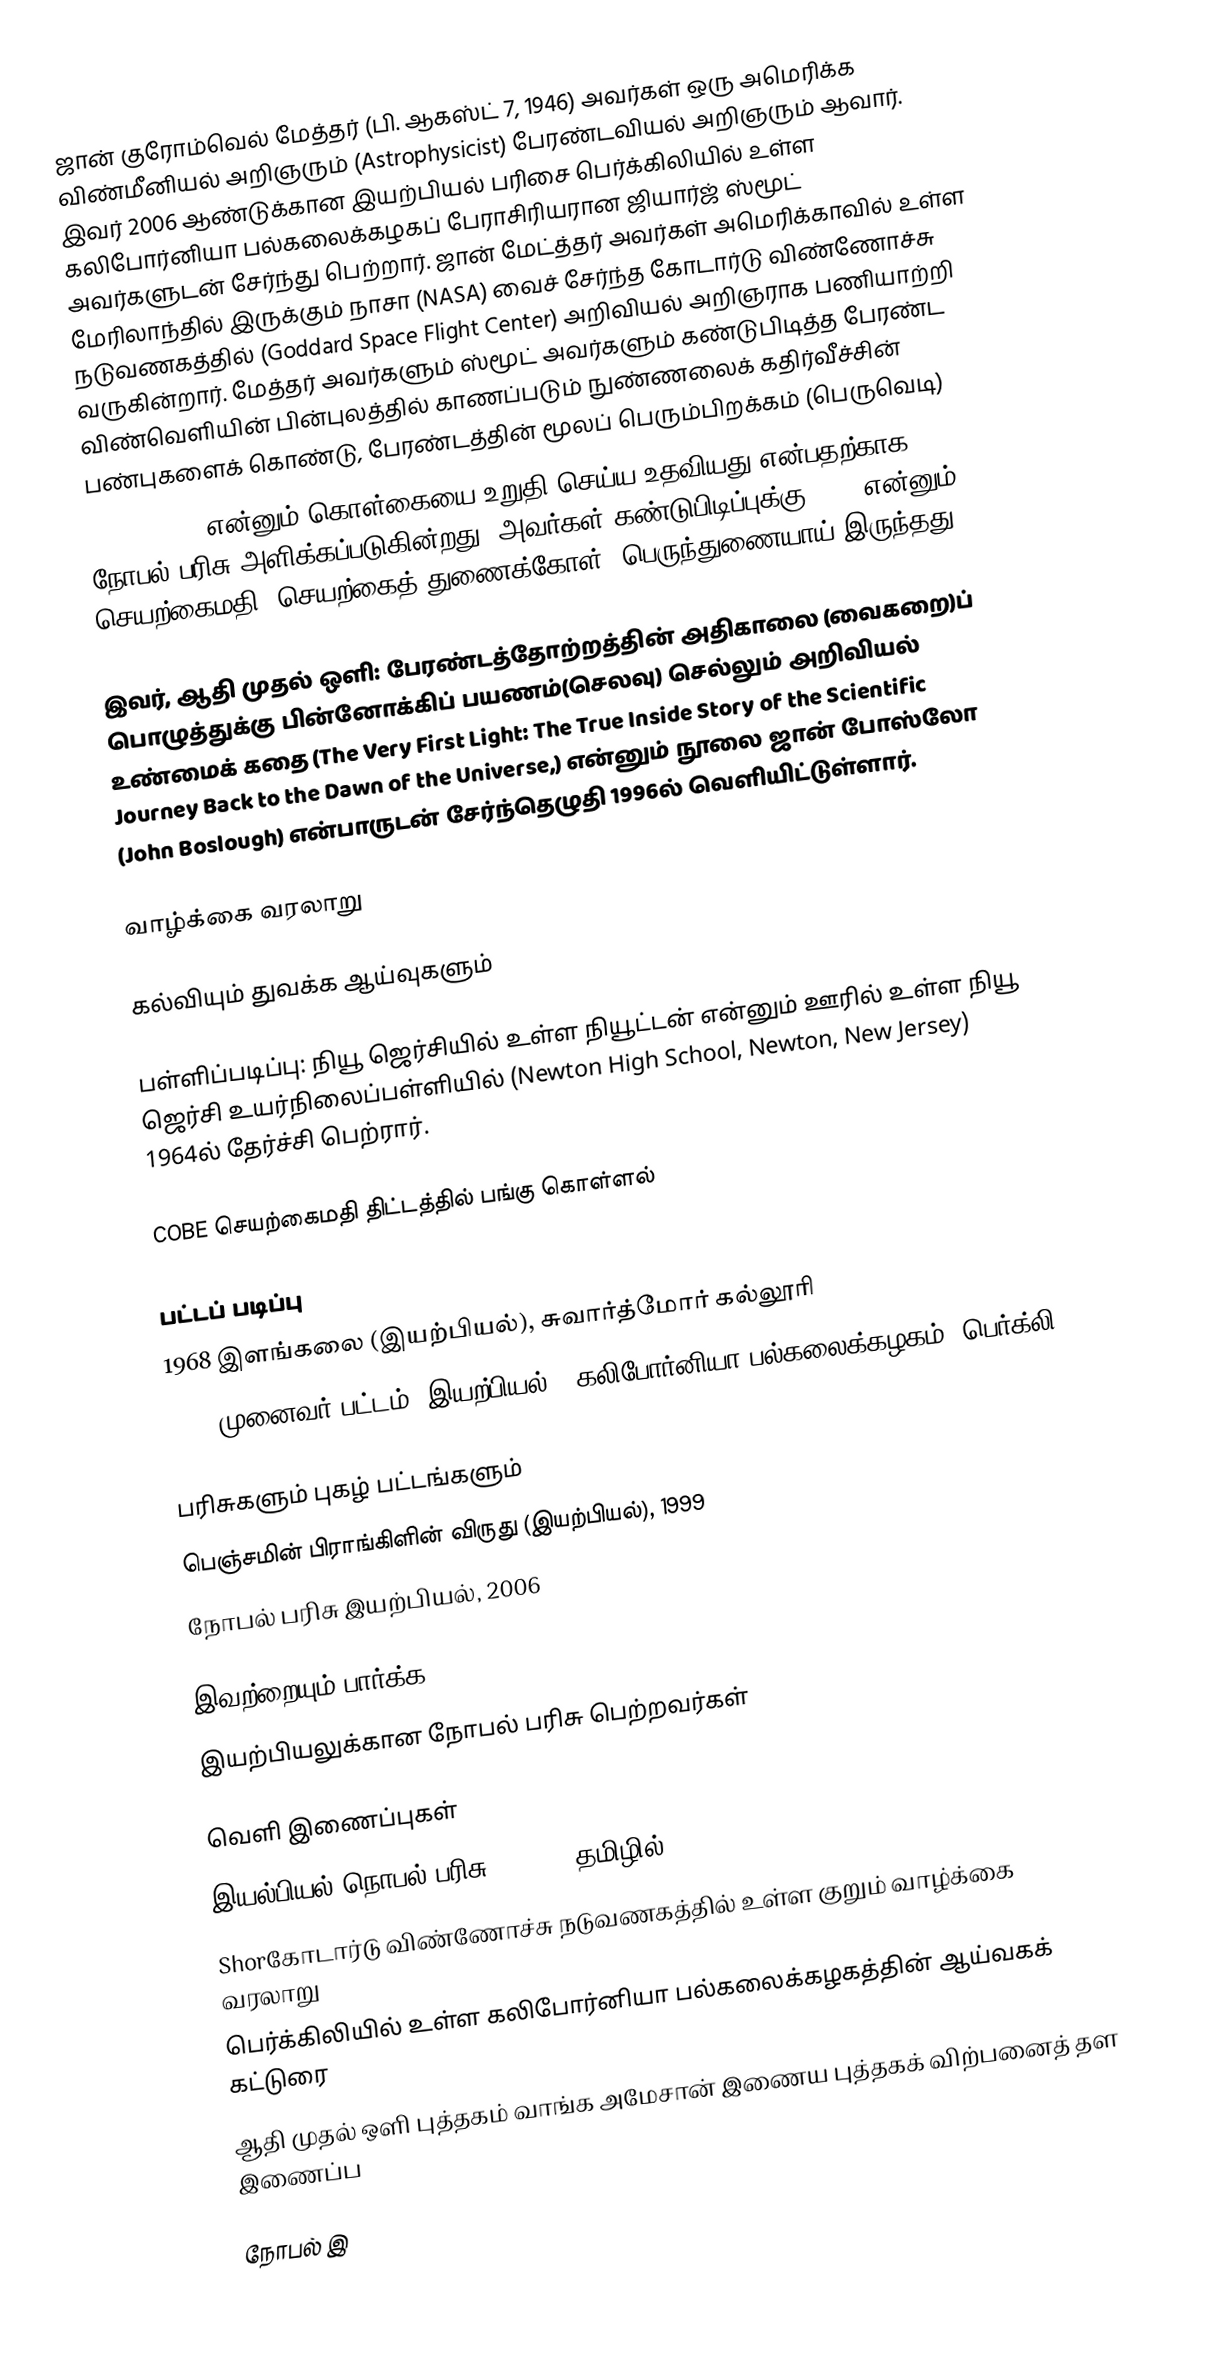
ஜான் குரோம்வெல் மேத்தர் (பி. ஆகஸ்ட் 7, 1946) அவர்கள் ஒரு அமெரிக்க விண்மீனியல் அறிஞரும் (Astrophysicist) பேரண்டவியல் அறிஞரும் ஆவார். இவர் 2006 ஆண்டுக்கான இயற்பியல் பரிசை பெர்க்கிலியில் உள்ள கலிபோர்னியா பல்கலைக்கழகப் பேராசிரியரான ஜியார்ஜ் ஸ்மூட் அவர்களுடன் சேர்ந்து பெற்றார். ஜான் மேட்த்தர் அவர்கள் அமெரிக்காவில் உள்ள மேரிலாந்தில் இருக்கும் நாசா (NASA) வைச் சேர்ந்த கோடார்டு விண்ணோச்சு நடுவணகத்தில் (Goddard Space Flight Center) அறிவியல் அறிஞராக பணியாற்றி வருகின்றார். மேத்தர் அவர்களும் ஸ்மூட் அவர்களும் கண்டுபிடித்த பேரண்ட விண்வெளியின் பின்புலத்தில் காணப்படும் நுண்ணலைக் கதிர்வீச்சின் பண்புகளைக் கொண்டு, பேரண்டத்தின் மூலப் பெரும்பிறக்கம் (பெருவெடி)
(Bing-Bang) என்னும் கொள்கையை உறுதி செய்ய உதவியது என்பதற்காக நோபல் பரிசு அளிக்கப்படுகின்றது. அவர்கள் கண்டுபிடிப்புக்கு COBE என்னும் செயற்கைமதி (செயற்கைத் துணைக்கோள்) பெருந்துணையாய் இருந்தது.

இவர், ஆதி முதல் ஒளி: பேரண்டத்தோற்றத்தின் அதிகாலை (வைகறை)ப் பொழுத்துக்கு பின்னோக்கிப் பயணம்(செலவு) செல்லும் அறிவியல் உண்மைக் கதை (The Very First Light: The True Inside Story of the Scientific Journey Back to the Dawn of the Universe,) என்னும் நூலை ஜான் போஸ்லோ (John Boslough) என்பாருடன் சேர்ந்தெழுதி 1996ல் வெளியிட்டுள்ளார்.

வாழ்க்கை வரலாறு

கல்வியும் துவக்க ஆய்வுகளும்

பள்ளிப்படிப்பு: நியூ ஜெர்சியில் உள்ள நியூட்டன் என்னும் ஊரில் உள்ள நியூ ஜெர்சி உயர்நிலைப்பள்ளியில் (Newton High School, Newton, New Jersey) 1964ல் தேர்ச்சி பெற்ரார்.

COBE செயற்கைமதி திட்டத்தில் பங்கு கொள்ளல்

பட்டப் படிப்பு
 1968 இளங்கலை (இயற்பியல்), சுவார்த்மோர் கல்லூரி
 1974 முனைவர் பட்டம் (இயற்பியல்), கலிபோர்னியா பல்கலைக்கழகம் (பெர்க்லி)

பரிசுகளும் புகழ் பட்டங்களும்
 பெஞ்சமின் பிராங்கிளின் விருது (இயற்பியல்), 1999
 நோபல் பரிசு இயற்பியல், 2006

இவற்றையும் பார்க்க
 இயற்பியலுக்கான நோபல் பரிசு பெற்றவர்கள்

வெளி இணைப்புகள்
 இயல்பியல் நொபல் பரிசு - 2006 (தமிழில்)
 Shorகோடார்டு விண்ணோச்சு நடுவணகத்தில் உள்ள குறும் வாழ்க்கை வரலாறு
 பெர்க்கிலியில் உள்ள கலிபோர்னியா பல்கலைக்கழகத்தின் ஆய்வகக் கட்டுரை
 ஆதி முதல் ஒளி புத்தகம் வாங்க அமேசான் இணைய புத்தகக் விற்பனைத் தள இணைப்ப

நோபல் இ